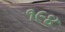
૧૯૪